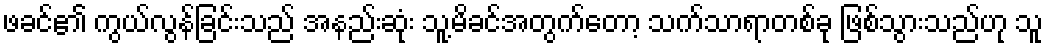
ဖခင်၏ ကွယ်လွန်ခြင်းသည် အနည်းဆုံး သူ့မိခင်အတွက်တော့ သက်သာရာတစ်ခု ဖြစ်သွားသည်ဟု သူ